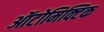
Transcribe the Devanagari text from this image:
ऑटोमिक्टिक